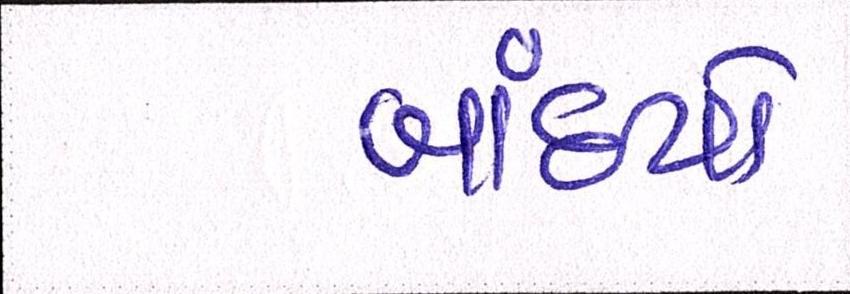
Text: બાંધ્યો